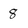
Character: 8